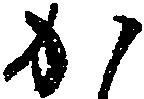
か